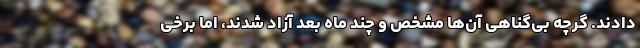
دادند. گرچه بی‌گناهی آن‌ها مشخص و چند ماه بعد آزاد شدند، اما برخی